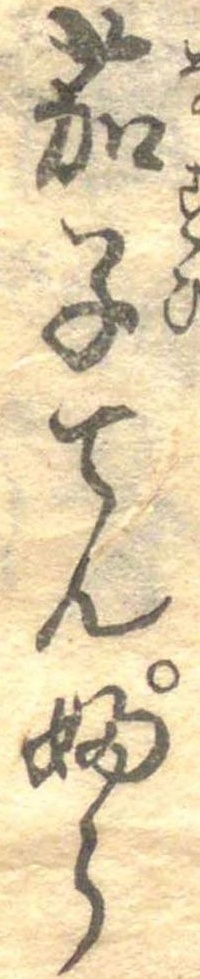
茄子てんぷら